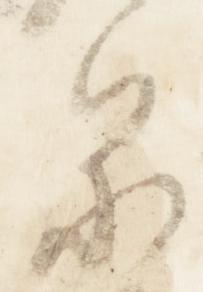
泉